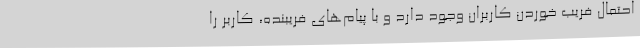
احتمال فریب خوردن کاربران وجود دارد و با پیام‌های فریبنده، کاربر را